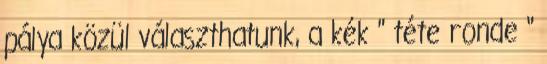
pálya közül választhatunk, a kék " téte ronde "